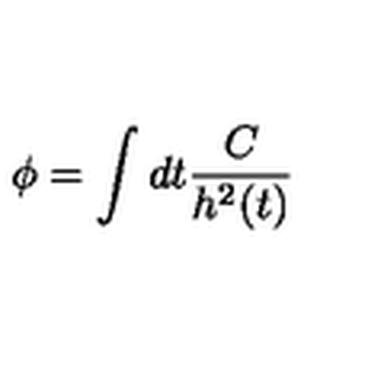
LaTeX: \phi { } = \int { } d t \frac { C } { h ^ { 2 } ( t ) }